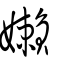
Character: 嬾